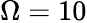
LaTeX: \Omega=10